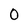
Character: O